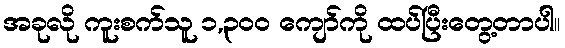
အခုလို ကူးစက်သူ ၁,၃၀၀ ကျော်ကို ထပ်ပြီးတွေ့တာပါ။